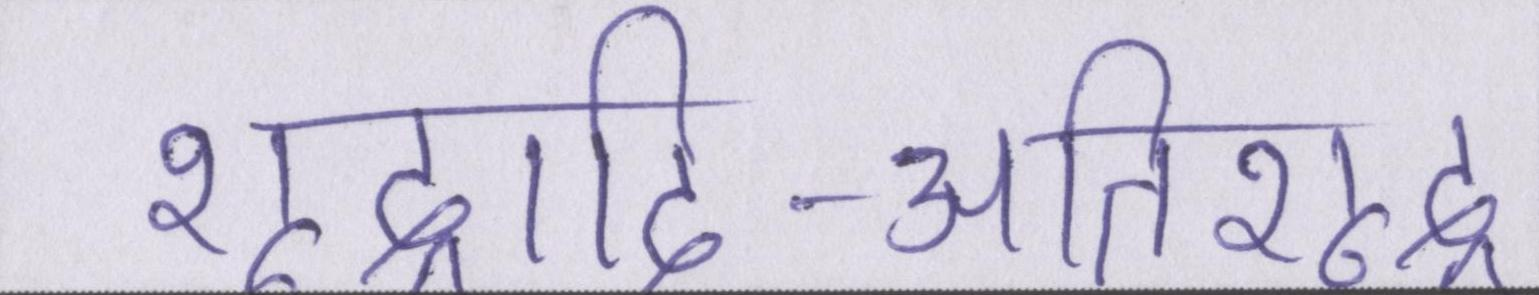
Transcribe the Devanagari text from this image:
शूद्रादि-अतिशूद्र